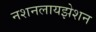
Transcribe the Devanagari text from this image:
नशनलायझेशन